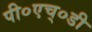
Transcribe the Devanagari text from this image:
पी०एच्०डी